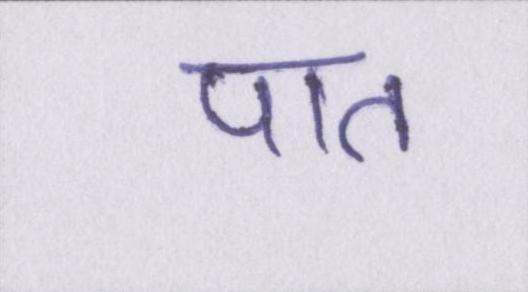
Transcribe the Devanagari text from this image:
पात